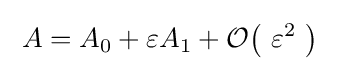
\;A=A_{0}+\varepsilon A_{1}+{\mathcal {O}}{\bigl (}\ \varepsilon ^{2}\ {\bigr )}~